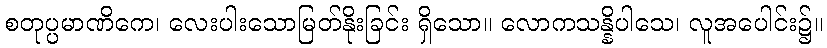
စတုပ္ပမာဏိကေ၊ လေးပါးသောမြတ်နိုးခြင်း ရှိသော။ လောကသန္နိပါသေ၊ လူအပေါင်း၌။